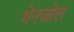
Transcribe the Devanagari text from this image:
थेनजोल